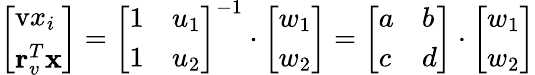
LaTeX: \left[\begin{array}{l}{\textrm{v}x_{i}}\\ {\mathbf{r}_{v}^{T}\mathbf{x}}\end{array}\right]=\left[\begin{array}{ll}{1}&{u_{1}}\\ {1}&{u_{2}}\end{array}\right]^{-1}\cdot\left[\begin{array}{l}{w_{1}}\\ {w_{2}}\end{array}\right]=\left[\begin{array}{ll}{a}&{b}\\ {c}&{d}\end{array}\right]\cdot\left[\begin{array}{l}{w_{1}}\\ {w_{2}}\end{array}\right]